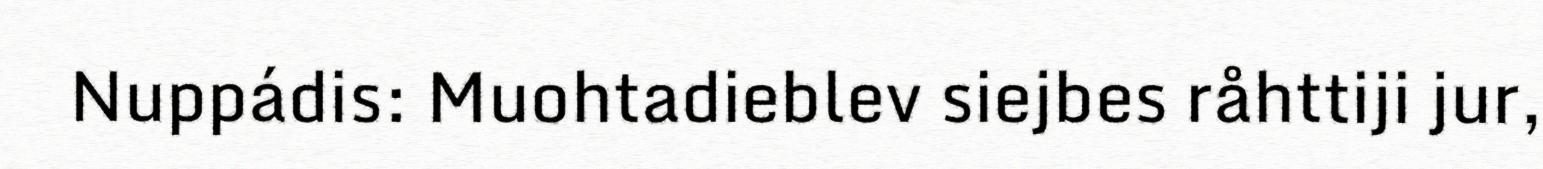
Nuppádis: Muohtadieblev siejbes råhttiji jur,